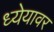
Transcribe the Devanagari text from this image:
ध्येयावर